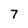
Character: 7